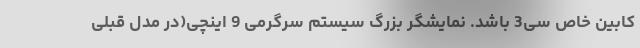
کابین خاص سی3 باشد. نمایشگر بزرگ سیستم سرگرمی 9 اینچی(در مدل قبلی